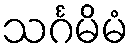
သင်္ဂမိမံ